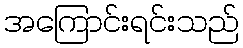
အကြောင်းရင်းသည်